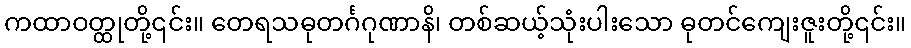
ကထာဝတ္ထုတို့၎င်း။ တေရသဓုတင်္ဂဂုဏာနိ၊ တစ်ဆယ့်သုံးပါးသော ဓုတင်ကျေးဇူးတို့၎င်း။